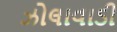
ઝોલાવાડી